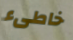
خاطىء